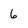
Character: 6